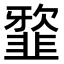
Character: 𩐆